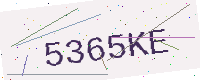
Text: 5365KE